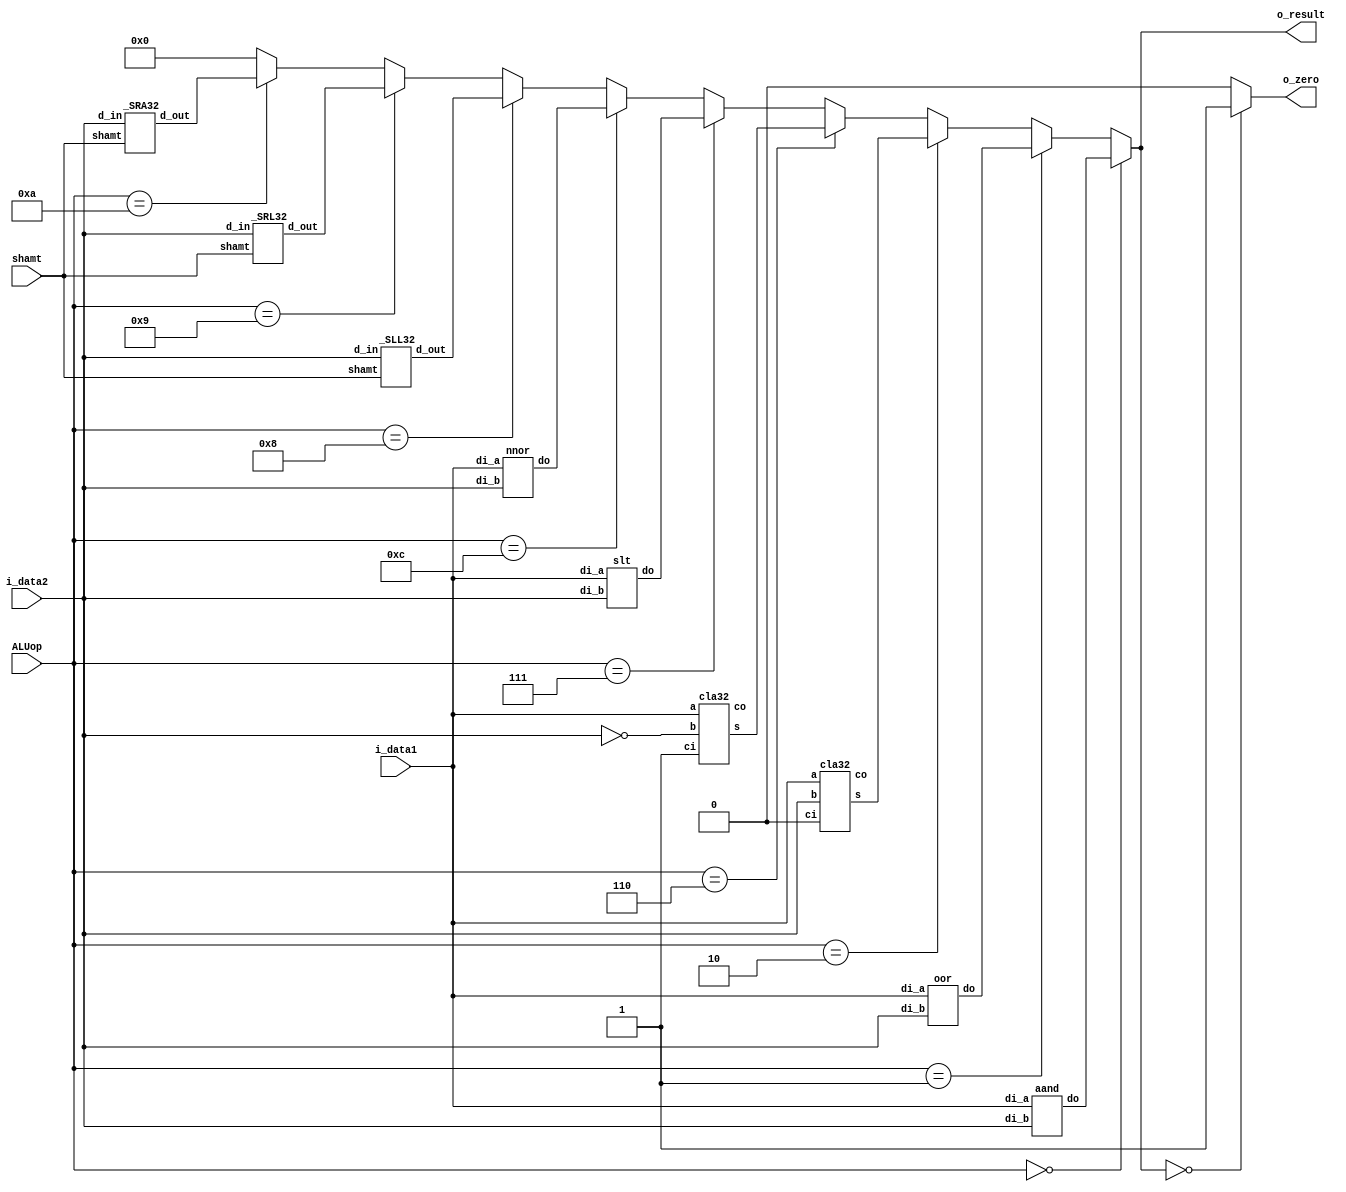
module ALU(i_data1, i_data2, shamt, ALUop, o_result, o_zero);
input [31:0] i_data1, i_data2;  //input 32bit i_data1, i_data2
input [3:0] ALUop;              //input 4bit selector
input [4:0] shamt;				  //input shift 
output [31:0] o_result;         //output 32bit result
output o_zero;                  //output 1bit zero signal

wire [31:0] w_and, w_or, w_slt, w_add, w_sub, w_mx1, w_mx2, w_nor,w_SRL32, w_SLL32, w_SRA32;
wire  co_add, co_sub;

aand U0__and(i_data1, i_data2,w_and);          		       //instance and
oor U1__or(i_data1, i_data2,w_or);             		       //instance or
cla32 U2_cla32(i_data1, i_data2, 1'b0, w_add, co_add);   //instance add
cla32 U3_cla32(i_data1, ~i_data2, 1'b1, w_sub, co_sub);  //instance sub
slt U4_slt(i_data1, i_data2, w_slt);               	   //instance slt
nnor U5__nor(i_data1, i_data2, w_nor);             	   //instance nor
_SLL32 U6_SLL32(i_data2,shamt,w_SLL32);						//instance shift left logical
_SRL32 U7_SRL32(i_data2,shamt,w_SRL32);						//instance shift right logical
_SRA32 U8_SRA32(i_data2,shamt,w_SRA32);						//instance shift right Arithmetic

// o_result assignment
assign o_result=(ALUop==4'b0000)?w_and:((ALUop==4'b0001)?w_or:((ALUop==4'b0010) ? w_add:
					((ALUop==4'b0110) ? w_sub : ((ALUop==4'b0111) ? w_slt : ((ALUop==4'b1100) ? w_nor :
					((ALUop==4'b1000) ? w_SLL32 :((ALUop==4'b1001) ? w_SRL32 : ((ALUop==4'b1010) ? w_SRA32 : 32'h00000000))))))));

//zero flag
assign o_zero = (o_result == 32'b000000000) ? 1: 0;

endmodule

//set on less than
module slt(di_a,di_b,do);
  input [31:0] di_a,di_b;
  output [31:0] do;
  
  assign do=(di_a<di_b) ? 32'h00000001 : 32'h00000000;
  
endmodule

//and module  
module aand(di_a, di_b, do);
input [31:0] di_a, di_b;
output [31:0] do;

assign do = di_a & di_b;

endmodule

//or module
module oor(di_a,di_b,do);
input [31:0] di_a, di_b;
output [31:0] do;

assign do=di_a | di_b;

endmodule

//nor module
module nnor(di_a, di_b, do);
input [31:0] di_a, di_b;
output [31:0] do;

assign do = ~(di_a | di_b);

endmodule


module cla4(a, b, ci, s, co);  // cla  module
input [3:0] a, b;              //input 4bit datas
input ci;                      //input 1bit carry in
output [3:0] s;                //output 4bit sum
output co;                     //output 1bit cary out

wire c1,c2,c3;

clb4 U4_clb4(a, b, ci, c1, c2, c3, co );   // carry look ahead block instance
fa_v2 U0_fa(.a(a[0]),.b(b[0]),.ci(ci),.s(s[0]));
fa_v2 U1_fa(.a(a[1]),.b(b[1]),.ci(c1),.s(s[1]));
fa_v2 U2_fa(.a(a[2]),.b(b[2]),.ci(c2),.s(s[2]));
fa_v2 U3_fa(.a(a[3]),.b(b[3]),.ci(c3),.s(s[3]));  // fa_v2 instance

endmodule

//carry look ahead block module
module clb4(a,b,ci,c1,c2,c3,co);  
input [3:0] a, b;       //intput 4bit datas
input ci;               //input 1bit carry in
output c1,c2,c3,co;     //output 1bit 4 carry out

wire [3:0] g,p;

assign g=a&b;   // g = ab;
assign p=a|b;   // p = a+b;

assign c1 = g[0]|(p[0]&ci);                                                                    // c1 = g0+(p0 ci) 
assign c2 = g[1]|(p[1]&g[0])|(p[1]&p[0]& ci);                                                  // c2 = g1+(p1 g0) + (p1 p0 ci)
assign c3 = g[2]|(p[2]&g[1])|(p[2]&p[1]&g[0])|(p[2]&p[1]&p[0]&ci);                             // c3 = g2+(p2 g1) + (p2 p1 g0) + (p2 p1 p0 ci)
assign co = g[3]|(p[3]&g[2])|(p[3]&p[2]&g[1])|(p[3]&p[2]&p[1]&g[0])|(p[3]&p[2]&p[1]&p[0]&ci);  // co = g3+(p3 g2) + (p3 p2 g1) + (p3 p2 p1 g0) + (p2 p2 p1 p0 ci)

endmodule

//full adder module(only sum)
module fa_v2(a,b,ci,s);  
input a,b,ci;
output s;

assign s = a^b^ci;  
endmodule

module cla32(a, b, ci, s, co);  // 32_bit cla module
input [31:0] a, b;              //input 32bit datas
input ci;                       //input 1bit carry in
output [31:0] s;                //output 32bit sum
output co;                      //output 1bit carry out

wire c1,c2,c3,c4,c5,c6,c7;

cla4		 U0_cla4	(.a(a[3:0]),   .b(b[3:0]),   .ci(ci), .s(s[3:0]),   .co(c1));  // cla4 instance
cla4		 U1_cla4	(.a(a[7:4]),   .b(b[7:4]),   .ci(c1), .s(s[7:4]),   .co(c2));  // cla4 instance
cla4		 U2_cla4	(.a(a[11:8]),  .b(b[11:8]),  .ci(c2), .s(s[11:8]),  .co(c3));  // cla4 instance
cla4		 U3_cla4	(.a(a[15:12]), .b(b[15:12]), .ci(c3), .s(s[15:12]), .co(c4));  // cla4 instance
cla4		 U4_cla4	(.a(a[19:16]), .b(b[19:16]), .ci(c4), .s(s[19:16]), .co(c5));  // cla4 instance
cla4		 U5_cla4	(.a(a[23:20]), .b(b[23:20]), .ci(c5), .s(s[23:20]), .co(c6));  // cla4 instance
cla4 		U6_cla4	(.a(a[27:24]), .b(b[27:24]), .ci(c6), .s(s[27:24]), .co(c7));  // cla4 instance
cla4 		U7_cla4	(.a(a[31:28]), .b(b[31:28]), .ci(c7), .s(s[31:28]), .co(co));  // cla4 instance


endmodule

//8 to 1 mux module
module mx8(d0,d1,d2,d3,d4,d5,d6,d7,s,y);
input [31:0] d0,d1,d2,d3,d4,d5,d6,d7;       //input 32bit 8 datas
input [2:0] s;                              //input 3bit selector
output [31:0] y;                            //output 32bit data

wire [31:0] w0,w1,w2,w3,w4,w5;

mx2 mx20( w0,d0,d1,s[0]);                   //2 to 1 mux instance
mx2 mx21( w1,d2,d3,s[0]);                   //2 to 1 mux instance
mx2 mx22( w2,d4,d5,s[0]);                   //2 to 1 mux instance
mx2 mx23( w3,d6,d7,s[0]);                   //2 to 1 mux instance

mx2 mx24( w4,w0,w1,s[1]);                   //2 to 1 mux instance
mx2 mx25( w5,w2,w3,s[1]);                   //2 to 1 mux instance

mx2 mx26( y,w4,w5,s[2]);                   //2 to 1 mux instance

endmodule


//2 to 1 mux module
module mx2(y, d0, d1, s);
input [31:0]d0,d1;
input s;
output [31:0] y;

assign y=(s==0)?d0:d1;

endmodule

module _SRL32(d_in, shamt, d_out); // Logical shift Right  module
input [31:0] d_in;
input [4:0] shamt;
output reg [31:0] d_out;

always@(d_in or shamt)		// if 'd_in' or 'shamt' are changed,
begin

	d_out <= d_in>>shamt;
	
end
endmodule	
	
	
module _SLL32(d_in, shamt, d_out); // Logical shift Right  module
input [31:0] d_in;					
input [4:0] shamt;
output reg [31:0] d_out;

always@(d_in or shamt)
begin

	d_out <= d_in<<shamt;

end
endmodule	

module _SRA32(d_in, shamt, d_out); // shift Right arithmetic module
input signed [31:0] d_in;
input [4:0] shamt;
output reg [31:0] d_out;


// shift amount operation. 
always@(d_in or shamt)
begin

	d_out <= d_in>>>shamt;

end

endmodule